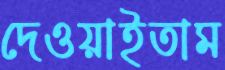
দেওয়াইতাম